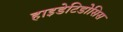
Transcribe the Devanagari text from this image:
हाइडेटिडोसिस